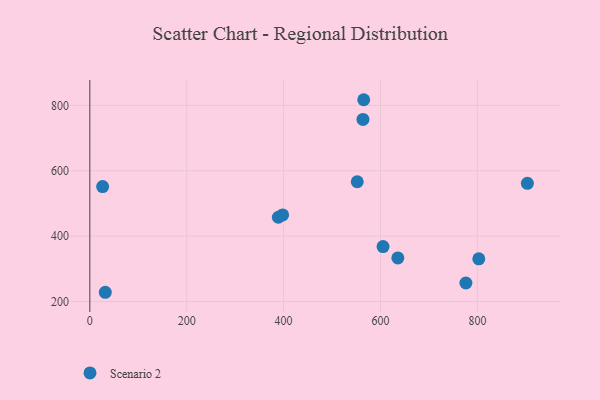
{"axis": {"x": "Price", "y": "Salary"}, "legend": ["Scenario 2"], "data": [{"x": "552.0", "y": 566.3, "type": "Scenario 2"}, {"x": "903.2", "y": 561.6, "type": "Scenario 2"}, {"x": "389.1", "y": 457.8, "type": "Scenario 2"}, {"x": "605.3", "y": 368.0, "type": "Scenario 2"}, {"x": "565.4", "y": 817.2, "type": "Scenario 2"}, {"x": "26.4", "y": 551.7, "type": "Scenario 2"}, {"x": "563.8", "y": 757.1, "type": "Scenario 2"}, {"x": "31.9", "y": 228.4, "type": "Scenario 2"}, {"x": "398.0", "y": 465.0, "type": "Scenario 2"}, {"x": "802.9", "y": 330.6, "type": "Scenario 2"}, {"x": "635.8", "y": 333.5, "type": "Scenario 2"}, {"x": "776.3", "y": 256.7, "type": "Scenario 2"}]}